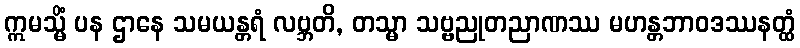
ဣမသ္မိံ ပန ဌာနေ သမယန္တရံ လဗ္ဘတိ, တသ္မာ သဗ္ဗညုတညာဏဿ မဟန္တဘာဝဒဿနတ္ထံ